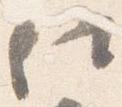
仕